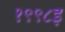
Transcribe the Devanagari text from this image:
१९९८इ